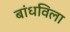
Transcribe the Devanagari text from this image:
बांधविला